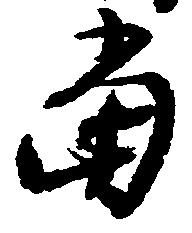
当